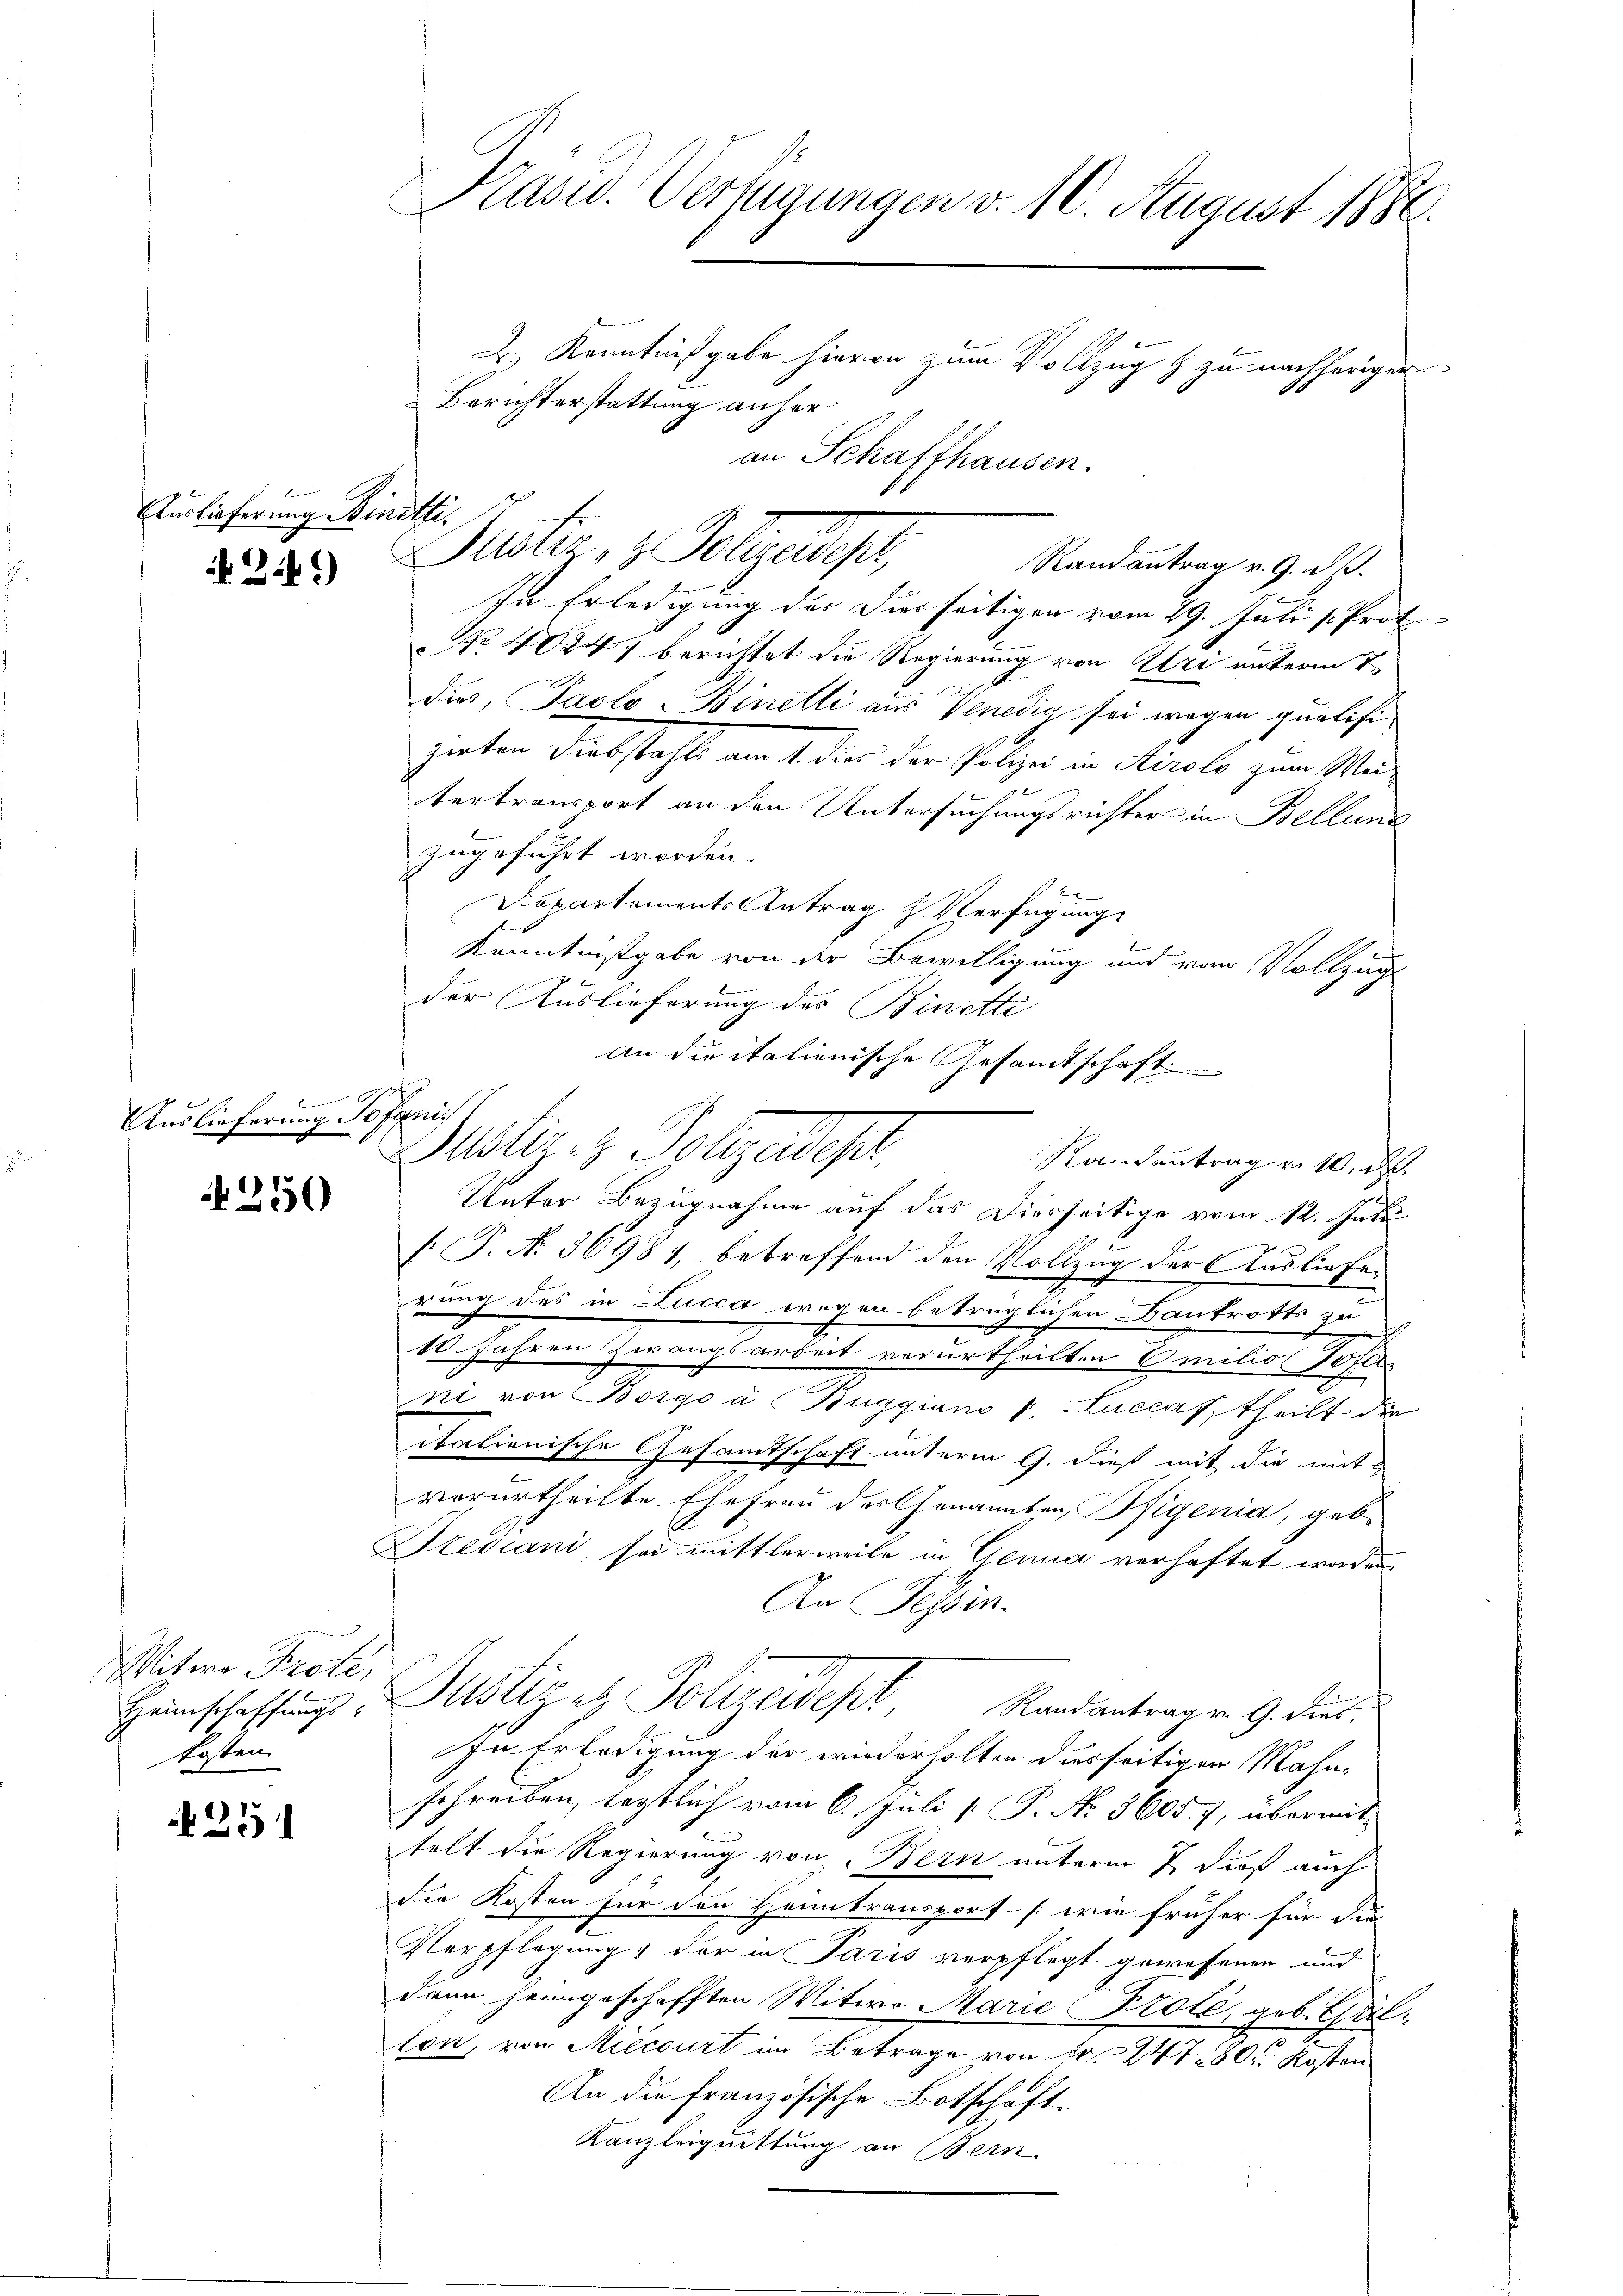
Auslieferung Binetti.

3.)

g
Auslieferung Jofani.

250

Witwe Prote,
kosten

251

Kasu. Verfügungen v. 10. August 1886.
2.) Kenntnißgabe hievon zum Vollzug & zu nachheriger
Berichterstattung anher

an Schaffhausen.
Justin, z. Telegericht,
Randantrag v. 9. ds.

In Erledigung der Diesseitigen vom 29. Juli v. Prof.
No 404) berichtet die Regierung von Uri unterm 1
dies, Paolo Binetti aus Venedig sei wegen qualisizirten Diebstahls am 1. dies der Polizei in Airolo zum Wei
tertransport an den Untersuchungsrichter in Bellung
zugeführt worden.
Departements Antrag & Verfügung
Kenntnißgabe von der Bewilligung und vom Vollzug

der Auslieferung des Binetti
an die italienische Gesandtschaft.
Justiz- & Polizeidest
Unter Bezugnahme auf das Diesseitige vom 12. Juli
[.P. N. 36981, betreffend den Vollzug der Ausliefer
rung des in Lucca wegen betrüglichen Bankrotts zu
10. Jahren Zwangsarbeit verurtheilten Emilio sofer
ni von Borgo a Buggiani v. Luccaf, theilt die
italienische Gesamtschaft unterm 9. dieß mit die mitverurtheilte Ehefrau der Genannten, Pfigenia, geb.
Stediani sei mittlerweile in Genua verhaftet worden
An Tessin.
Heinschaffungs Justiz etz. Polizeidept, Randantragen 9. dies¬
In Erledigung der wiederholten diesseitigen Mahn
schreiben, lestlich vom 6. Juli [ P. Nr. 3605), übermitfelt die Regierung von Bern unterm 7. dieß auch
die Kosten für den Heimtransport (wie früher für die
Verpflegung der in Paris verpflegt gewesenen und
dann heimgeschafften Mitwe Marie Prote, geb. Gul¬
u
lon, von Miecourt im Betrage von 10. 247. 80. Kosten
An die französische Botschaft.
Kanzleiquittung an Bern

Randantrag v. 10. d.